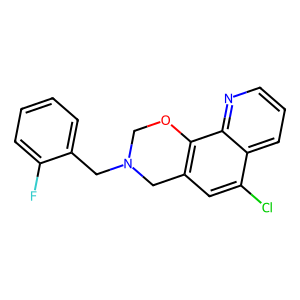
SMILES: Fc1ccccc1CN1COc2c(cc(Cl)c3cccnc23)C1
Inhibits HIV replication: No